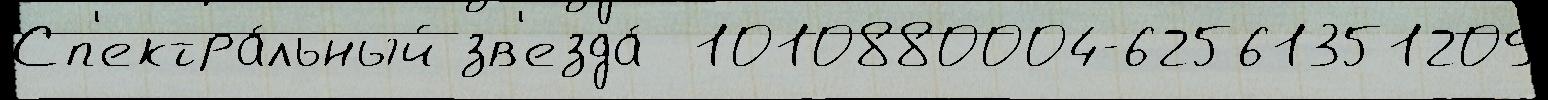
Сп'ектра́льный зв'езда́  1010880004-62561351209